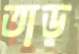
তাড়